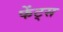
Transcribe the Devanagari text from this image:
फेंट्स